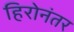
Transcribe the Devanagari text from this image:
हिरोनंतर